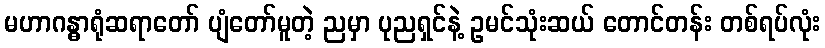
မဟာဂန္ဓာရုံဆရာတော် ပျံတော်မူတဲ့ ညမှာ ပုညရှင်နဲ့ ဥမင်သုံးဆယ် တောင်တန်း တစ်ရပ်လုံး